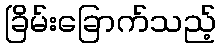
ခြိမ်းခြောက်သည့်